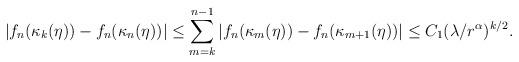
LaTeX: \begin{align*}|f_{n}(\kappa_k(\eta))-f_{n}(\kappa_{n}(\eta))| \leq \sum_{m=k}^{n-1}|f_{n}(\kappa_m(\eta))-f_{n}(\kappa_{m+1}(\eta))| \leq C_1(\lambda/r^\alpha)^{k/2}.\end{align*}